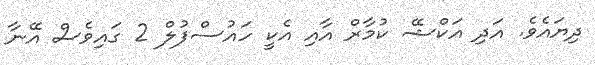
ދިޔައެވެ. އަދި އަކްޝޭ ކުމާރް އާއި އެކީ ހައުސްފުލް 2 ގައިވެސް އޭނާ